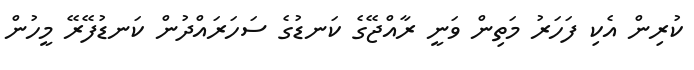
ކުރިން އެކި ފަހަރު މަތިން ވަނީ ރާއްޖޭގެ ކަނޑުގެ ސަހަރައްދުން ކަނޑުފޭރޭ މީހުން